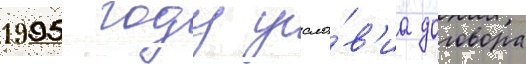
1995 году усло́в'иа договора